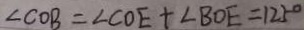
\angle C O B = \angle C O E + \angle B O E = 1 2 5 ^ { \circ }